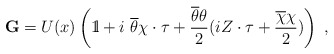
\begin{align*}{ \bf G} = U(x)\left(\hbox{{1}\kern-.25em\hbox{l}}+i~\overline{\theta}\chi\cdot\tau + {\overline{\theta}\theta \over 2} (i Z\cdot \tau + {\overline{\chi}\chi\over 2})\right)~,\end{align*}